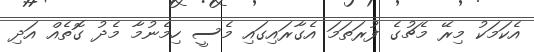
އެކަމަކު މިރޭ މެޗުގެ ފުރަތަމަ އެގާރައިގައި މެސީ ހިމެނުމާ މެދު ގޮތެއް އަދި